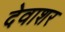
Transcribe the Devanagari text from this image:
देवाशर